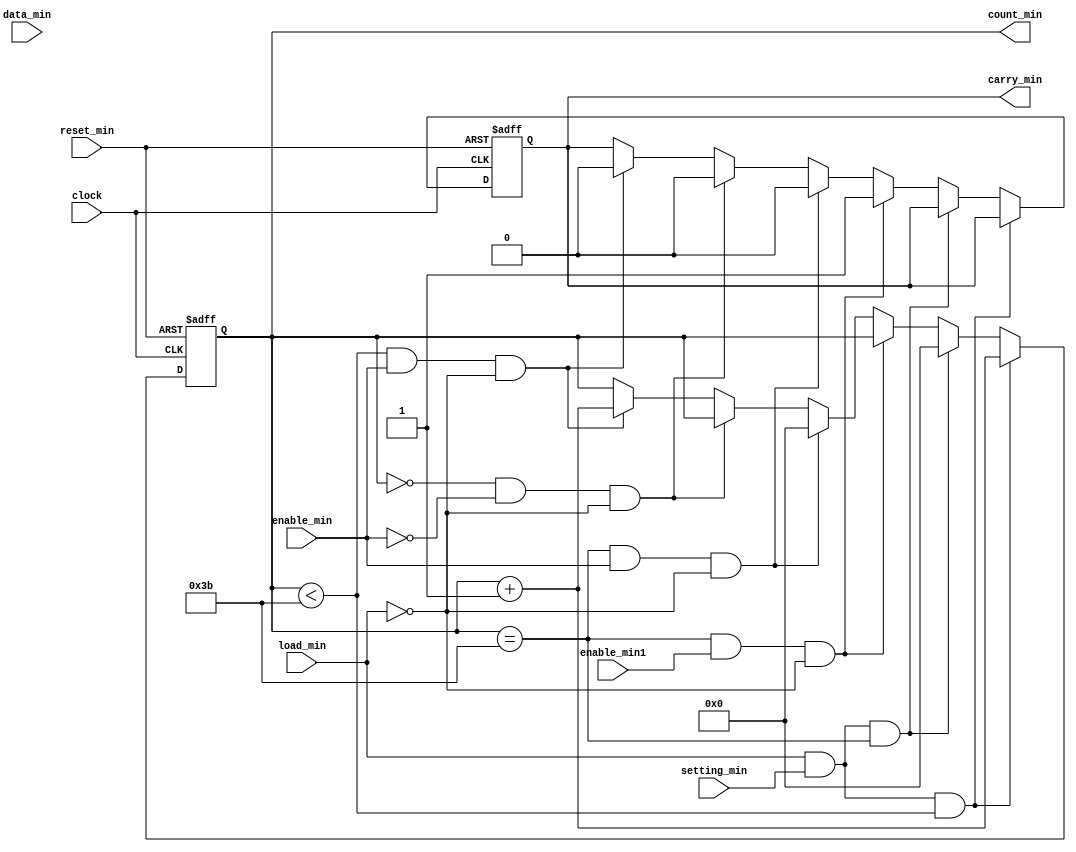
`timescale 1ns / 1ps
//////////////////////////////////////////////////////////////////////////////////
// Company: 
// Engineer: 
// 
// Design Name: 
// Module Name:    counter_min 
// Project Name: 
// Target Devices: 
// Tool versions: 
// Description: 
//
// Dependencies: 
//
// Revision: 
// Revision 0.01 - File Created
// Additional Comments: 
//
//////////////////////////////////////////////////////////////////////////////////
module counter_min(setting_min, data_min, load_min, count_min, enable_min, reset_min, clock, carry_min, enable_min1);
 
    input load_min, enable_min, reset_min, clock;
	 input setting_min;
	 input enable_min1;
    input [5:0] data_min;
	 //input [5:0] insec;
    output [5:0]count_min;
    reg [5:0] count_min;
	 output carry_min;
    reg  carry_min;
	 
     always @ (posedge clock or posedge reset_min)
         begin
		     if (reset_min)begin
		         count_min<=6'b000000;
					carry_min<=2'b0;
					end
		     else if (load_min && setting_min && count_min<59)
			      count_min<=count_min+1;	
           else if (load_min && setting_min && count_min==59)
			      count_min<=6'b000000;						
			  else if (count_min==59 && enable_min1 && load_min==0 ) begin	
					carry_min<=2'b1;
					end		
           else if (count_min==59 && enable_min && load_min==0) begin	
					count_min<=6'b000000;
					carry_min<=2'b0;
					end
			  else if (count_min==0 && enable_min==0 && load_min==0) begin
					carry_min<=2'b0;
			  end		
			  else if (count_min<59 && enable_min && load_min==0) begin
		         count_min<=count_min+1;	
               carry_min<=2'b0;					
			      end			     				 
 		   end		
endmodule